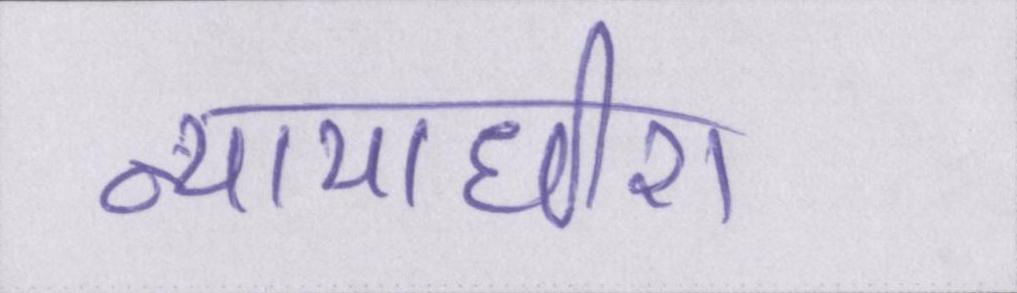
न्यायाधीश